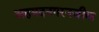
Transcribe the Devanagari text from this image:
अहमदनगरनजीक